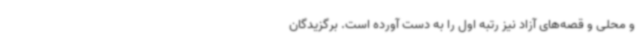
و محلی و قصه‌های آزاد نیز رتبه اول را به دست آورده است. برگزیدگان